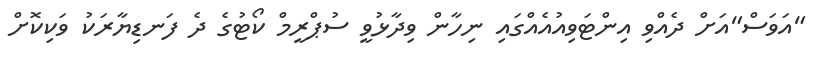
"އަވަސް"އަށް ދެއްވި އިންޓަވިއުއެއްގައި ނިހާން ވިދާޅުވީ ސުޕްރީމް ކޯޓުގެ ދެ ފަނޑިޔާރަކު ވަކިކޮށް